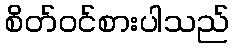
စိတ်ဝင်စားပါသည်